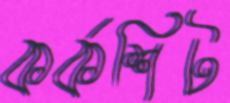
কর্কশিট